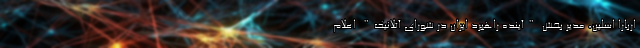
اربارا اسلین، مدیر بخش "آینده راهبرد ایران در شورای آتلانیک" اعلام